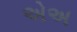
એઅ